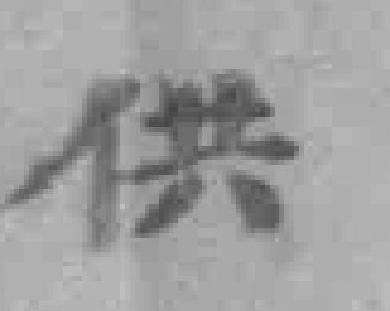
供